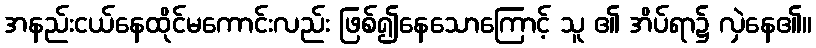
အနည်းငယ်နေထိုင်မကောင်းလည်း ဖြစ်၍နေသောကြောင့် သူ ၏ အိပ်ရာ၌ လှဲနေ၏။